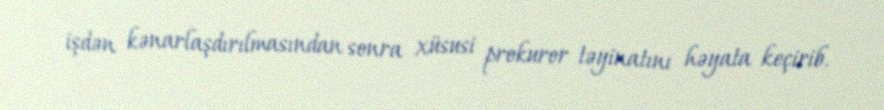
işdən kənarlaşdırılmasından sonra xüsusi prokuror təyinatını həyata keçirib.